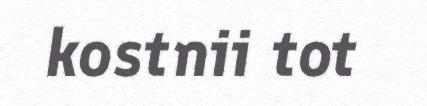
kostnii tot